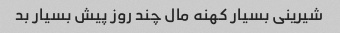
شیرینی بسیار کهنه مال چند روز پیش بسیار بد